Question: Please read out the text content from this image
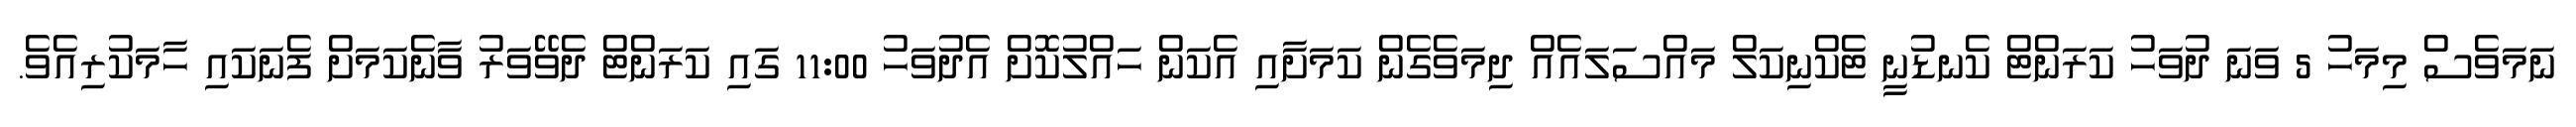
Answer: ނަމަވެސް މިމަހު 5 ވަނަ ދުވަހު ކަރަންޓް ކެނޑުނީ ޓެކްނިކަލް މައްސަލައެއް ދިމަވެގެން ކަމަށާއި އެކަން ހައްލުކޮށް އެދުވަހު 11:00 ގައި ކަރަންޓް ދެވޭވަރު ވާނެކަމަށް ފެނަކައި ހާމަކުރިއެވެ.